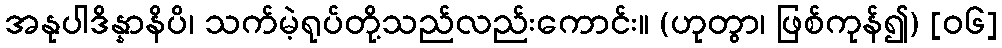
အနုပါဒိန္နာနိပိ၊ သက်မဲ့ရုပ်တို့သည်လည်းကောင်း။ (ဟုတွာ၊ ဖြစ်ကုန်၍) [၀၆]